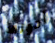
أدولف